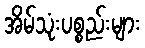
အိမ်သုံးပစ္စည်းများ